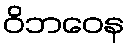
ဝိဘဝေန